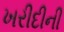
ખરીદીની